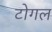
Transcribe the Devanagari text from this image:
टोगल